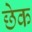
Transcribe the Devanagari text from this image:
छेक